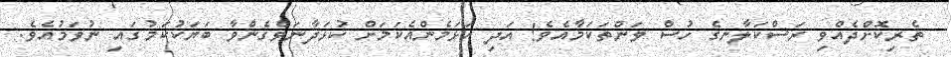
ތެރިކޮށްދެއްވި ރަސްކަލާނގެ ހުސް ވަންތަކަމާއެވެ! އަދި އަޅަމެންއެކަމަށް ކުޅަދާނަވެގެންވާ ބަޔަކުކަމުގައި ނުވަމުއެވެ.